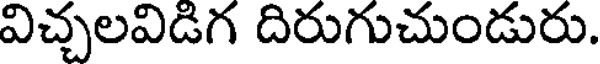
విచ్చలవిడిగ దిరుగుచుండురు.